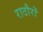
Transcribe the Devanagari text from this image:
राठौरों